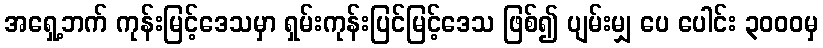
အရှေ့ဘက် ကုန်းမြင့်ဒေသမှာ ရှမ်းကုန်းပြင်မြင့်ဒေသ ဖြစ်၍ ပျမ်းမျှ ပေ ပေါင်း ၃၀၀၀မှ